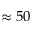
\approx 5 0